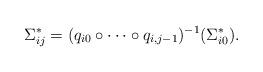
LaTeX: \begin{align*}\Sigma^*_{ij}= (q_{i 0} \circ \dots \circ q_{i, j-1})^{-1}(\Sigma_{i0}^*). \end{align*}